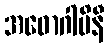
အဓောဂါမိနီ